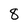
Character: 8